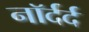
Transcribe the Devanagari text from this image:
नॉर्दर्द